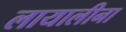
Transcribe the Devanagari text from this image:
लायालीना